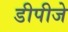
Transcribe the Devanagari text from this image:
डीपीजे